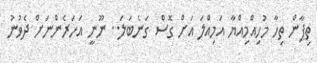
ތިޕާން ތިހާ މުހިއްމިއްޔާ އަމިއްލަ އަށް ގޮސް ގަނެބަލަ.. ނޫނީ އަހަރެންނަށް ދެވުނު